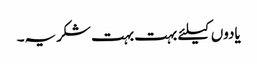
یادوں کیلئے بہت بہت شکریہ۔